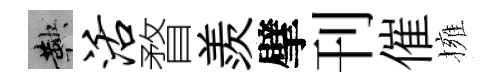
鞅活瞀羨擘刊催擁